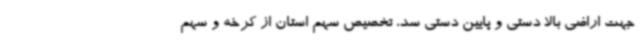
جهت اراضی بالا دستی و پایین دستی سد، تخصیص سهم استان از کرخه و سهم